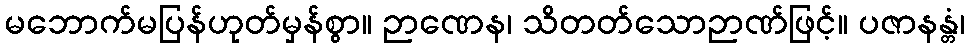
မဘောက်မပြန်ဟုတ်မှန်စွာ။ ဉာဏေန၊ သိတတ်သောဉာဏ်ဖြင့်။ ပဇာနန္တံ၊